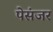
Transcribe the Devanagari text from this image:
पेसंजर